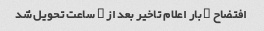
افتضاح ۳ بار اعلام تاخیر بعد از ۲ ساعت تحویل شد